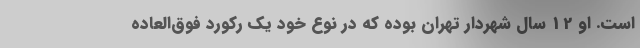
است. او 12 سال شهردار تهران بوده که در نوع خود یک رکورد فوق‌العاده